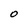
Character: O